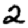
Digit: 2